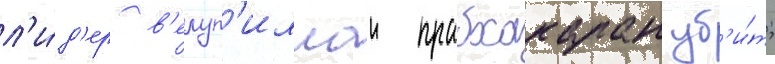
л'и́д'ер в'елуп'иллаи прабхакаран уб'и́т;